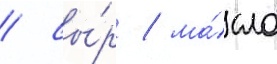
/ сы́р / ма́сло